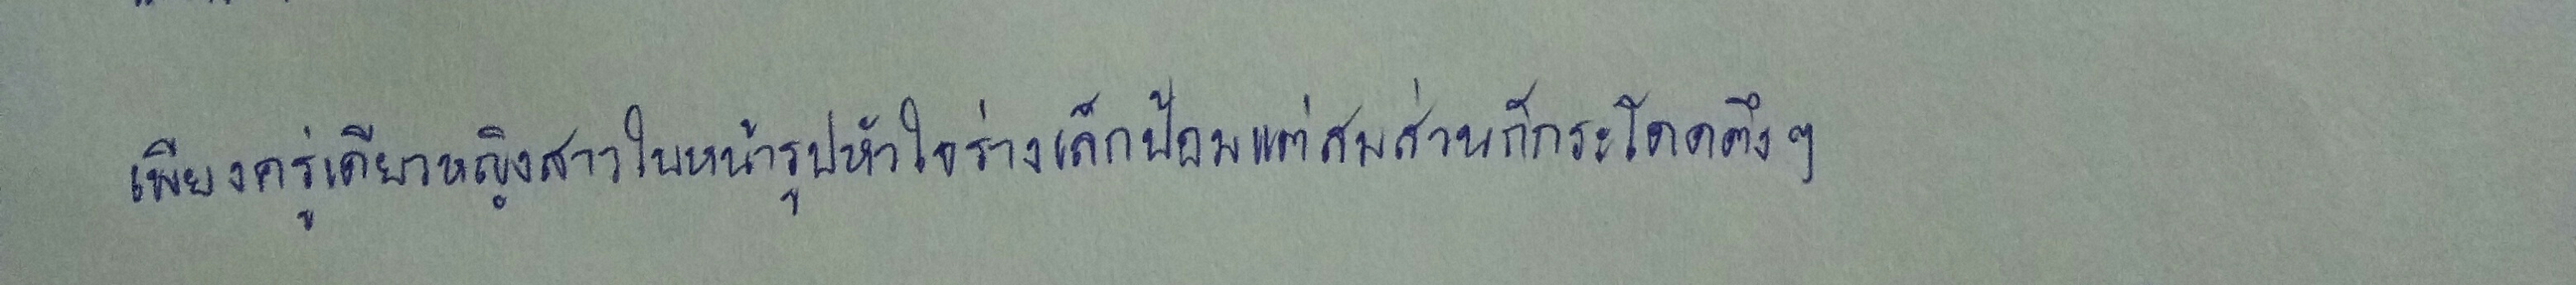
เพียงครู่เดียวหญิงสาวใบหน้ารูปหัวใจร่างเล็กป้อมแต่สมส่วนก็กระโดดตึงๆ